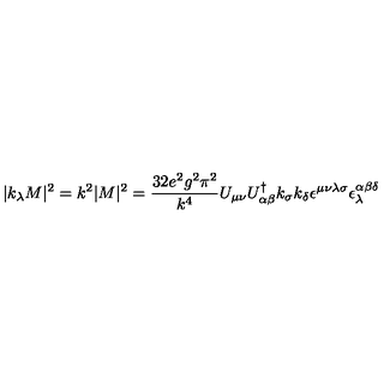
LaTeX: | k _ { \lambda } M | ^ { 2 } = k ^ { 2 } | M | ^ { 2 } = \frac { 3 2 e ^ { 2 } g ^ { 2 } \pi ^ { 2 } } { k ^ { 4 } } U _ { \mu \nu } U _ { \alpha \beta } ^ { \dag } k _ { \sigma } k _ { \delta } \epsilon ^ { \mu \nu \lambda \sigma } \epsilon _ { \lambda } ^ { \alpha \beta \delta }